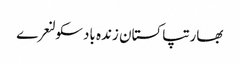
بھارتپاکستان زندہ بادسکولنعرے